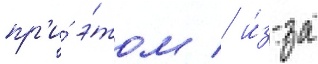
пр'и́ э́том / и́з-за